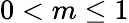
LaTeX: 0<m\leq 1